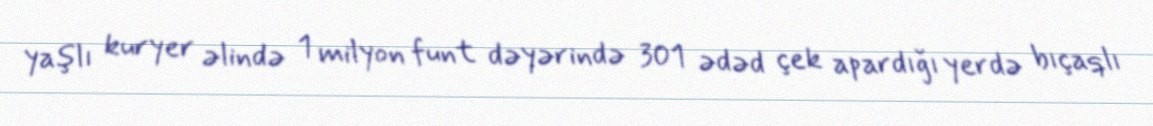
yaşlı kuryer əlində 1 milyon funt dəyərində 301 ədəd çek apardığı yerdə bıçaqlı